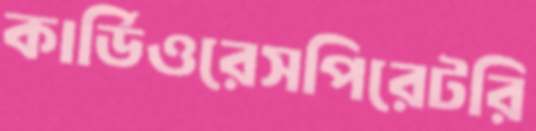
কার্ডিওরেসপিরেটরি